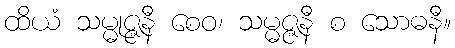
ထိယံ သမ္မုဇ္ဇနီ စေဝ၊ သမ္မဇ္ဇနီ စ သောဓနီ။